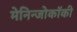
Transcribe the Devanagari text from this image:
मेनिन्जोकॉकी